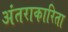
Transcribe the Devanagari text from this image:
अंतराकारिता